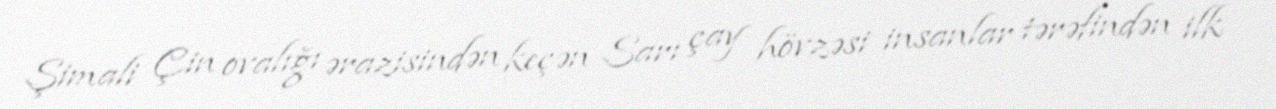
Şimali Çin ovalığı ərazisindən keçən Sarı çay hövzəsi insanlar tərəfindən ilk